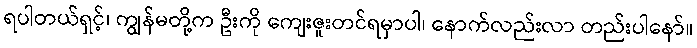
ရပါတယ်ရှင့်၊ ကျွန်မတို့က ဦးကို ကျေးဇူးတင်ရမှာပါ၊ နောက်လည်းလာ တည်းပါနော်။